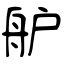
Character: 舮